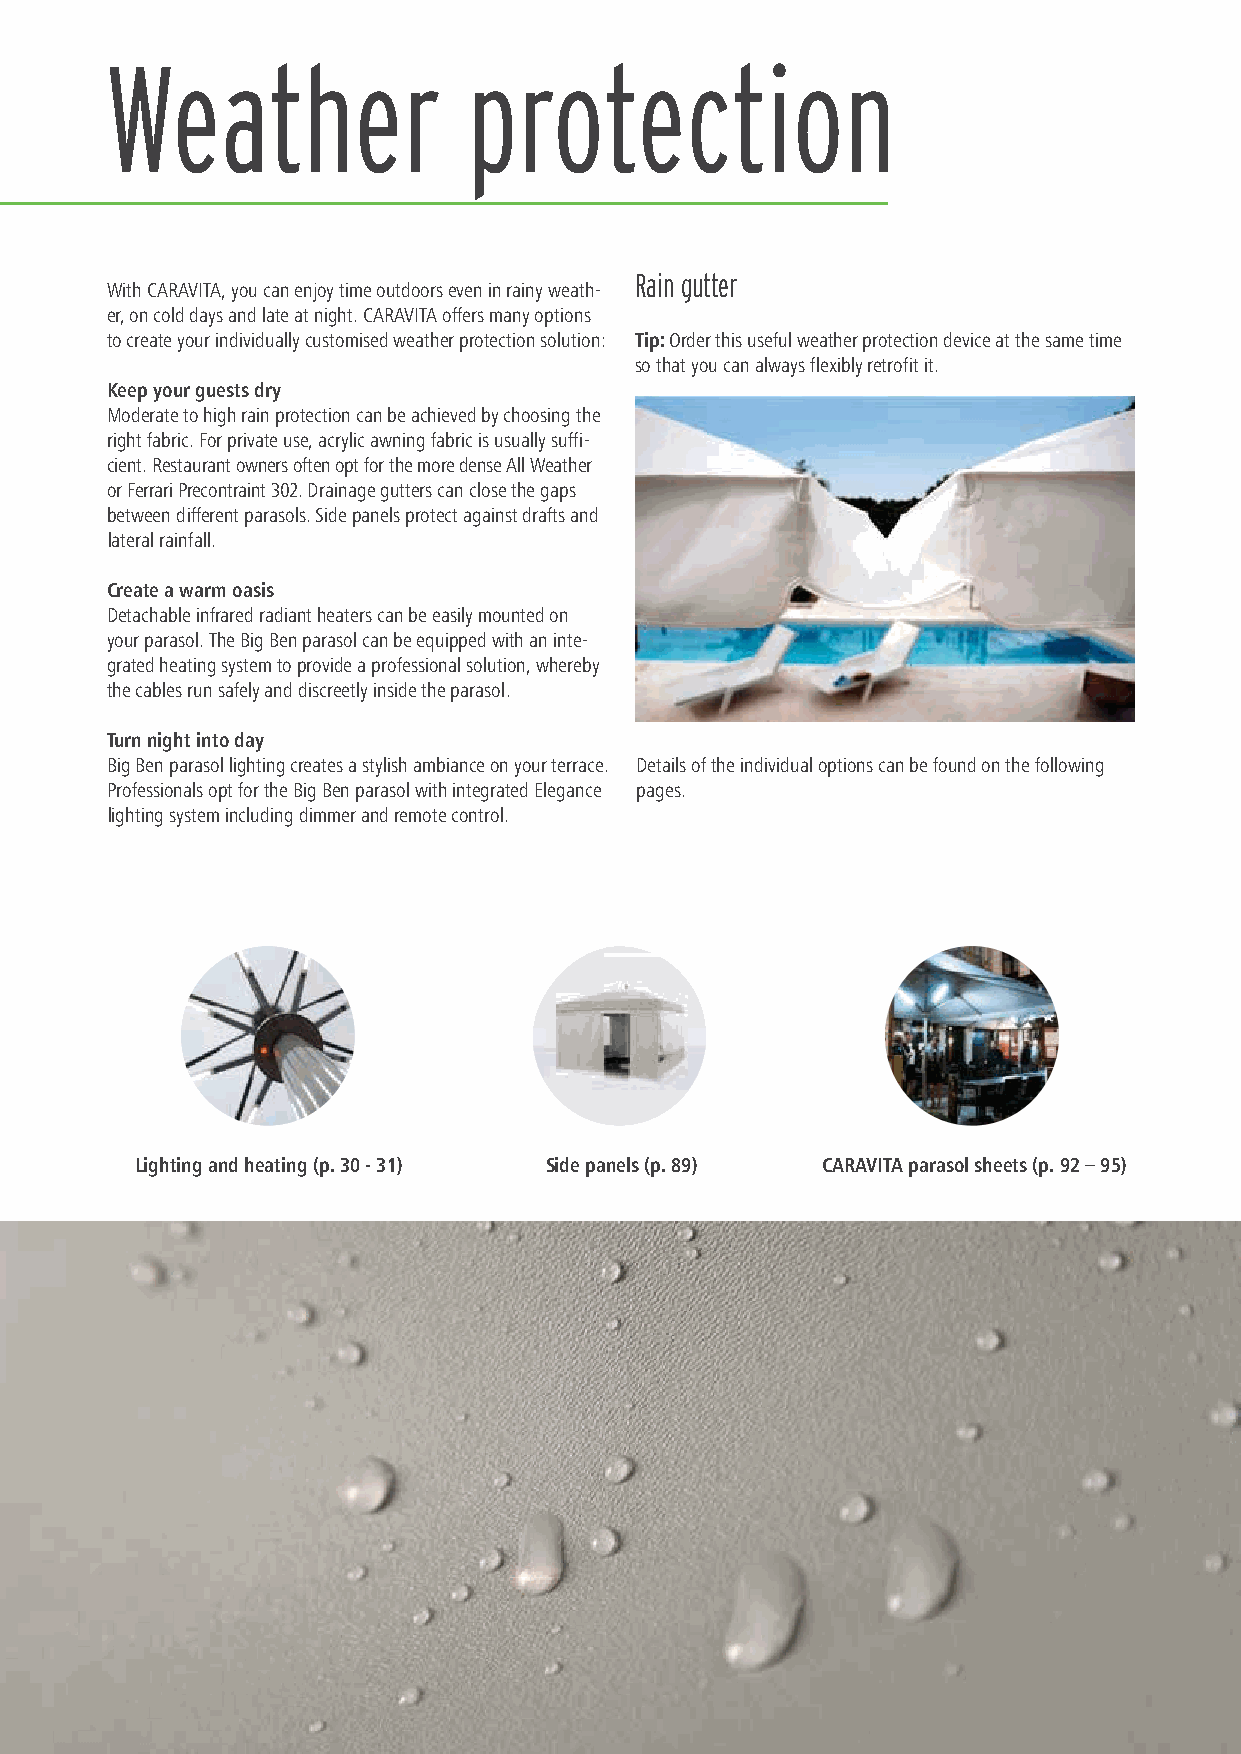
Weather                 protection
 Rain gutter
 With CARAVITA, you can enjoy time outdoors even in rainy weath-
 er, on cold days and late at night. CARAVITA offers many options
 to create your individually customised weather protection solution: Tip: Order this useful weather protection device at the same time
 so that you can always flexibly retrofit it.
 Keep your guests dry
 Moderate to high rain protection can be achieved by choosing the
 right fabric. For private use, acrylic awning fabric is usually suffi-
 cient. Restaurant owners often opt for the more dense All Weather
 or Ferrari Precontraint 302. Drainage gutters can close the gaps
 between different parasols. Side panels protect against drafts and
 lateral rainfall.
 Create a warm oasis
 Detachable infrared radiant heaters can be easily mounted on
 your parasol. The Big Ben parasol can be equipped with an inte-
 grated heating system to provide a professional solution, whereby
 the cables run safely and discreetly inside the parasol.
 Turn night into day
 Big Ben parasol lighting creates a stylish ambiance on your terrace. Details of the individual options can be found on the following
 Professionals opt for the Big Ben parasol with integrated Elegance pages.
 lighting system including dimmer and remote control.
 Lighting and heating (p. 30 - 31) Side panels (p. 89) CARAVITA parasol sheets (p. 92 – 95)
 88